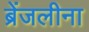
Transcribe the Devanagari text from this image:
ब्रेंजलीना